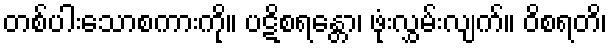
တစ်ပါးသောစကားကို။ ပဋိစရန္တော၊ ဖုံးလွှမ်းလျက်။ ဝိစရတိ၊